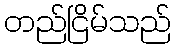
တည်ငြိမ်သည်